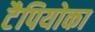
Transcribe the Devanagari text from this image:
टैपियोका